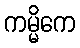
ကမ္မိကေ